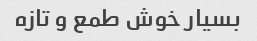
بسیار خوش طمع و تازه